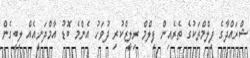
ޝްރައްދާގެ ފިލްމްތަކުގެ ތެރެއިން ފިލްމް ރިލީޒްކުރި ދުވަހު އެންމެ ބޮޑު އާމްދަނީއެއް ލިބިގެން